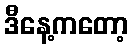
ဒီနေ့ကတော့